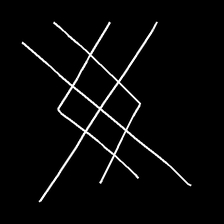
Glyph: crystal